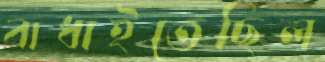
বাধাইতেছিল